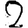
Digit: 2